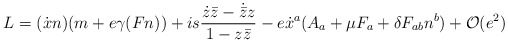
\begin{align*}L=(\dot{x}n)(m+e\gamma(Fn))+is\frac{\dot{z}\bar{z}-\dot{\bar{z}}z}{1-z\bar{z}}-e\dot{x}^{a}(A_{a}+\mu F_{a}+ \delta F_{ab}n^{b})+{\cal O}(e^{2})\end{align*}